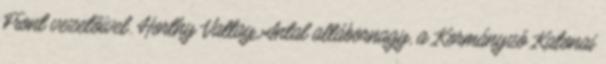
Front vezetõivel. Horthy Vattay Antal altábornagy, a Kormányzó Katonai